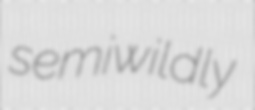
semiwildly